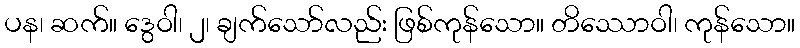
ပန၊ ဆက်။ ဒွေဝါ၊ ၂၊ ချက်သော်လည်း ဖြစ်ကုန်သော။ တိဿောဝါ၊ ကုန်သော။